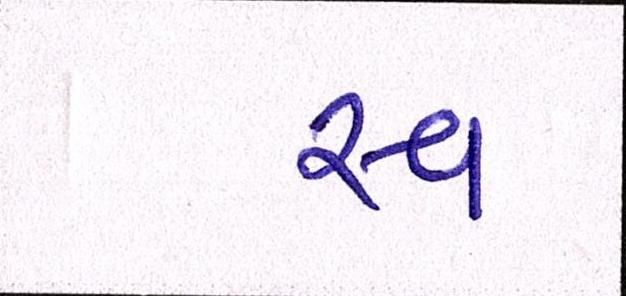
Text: સ્વ